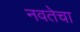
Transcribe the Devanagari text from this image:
नवतेचा